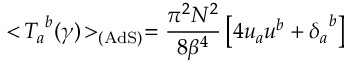
< \! { { T } _ { a } } ^ { b } ( \gamma ) \! > _ { \mathrm { ( A d S ) } } = { \frac { \pi ^ { 2 } N ^ { 2 } } { 8 { \beta } ^ { 4 } } } \left[ 4 u _ { a } u ^ { b } + { { \delta } _ { a } } ^ { b } \right]